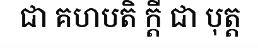
ជា គហបតិ ក្តី ជា បុត្ត